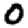
Digit: 0